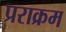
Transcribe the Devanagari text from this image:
प्रराक्रम